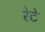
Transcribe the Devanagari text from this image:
रेटे